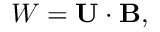
{ \cal { W } } = { \bf { U } } \cdot { \bf { B } } ,